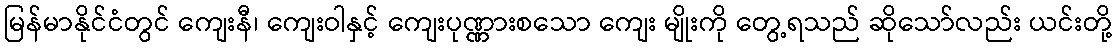
မြန်မာနိုင်ငံတွင် ကျေးနီ၊ ကျေးဝါနှင့် ကျေးပုဏ္ဏားစသော ကျေး မျိုးကို တွေ့ရသည် ဆိုသော်လည်း ယင်းတို့